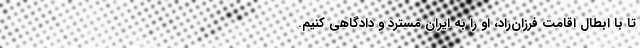
تا با ابطال اقامت فرزان‌راد، او را به ایران مسترد و دادگاهی کنیم.